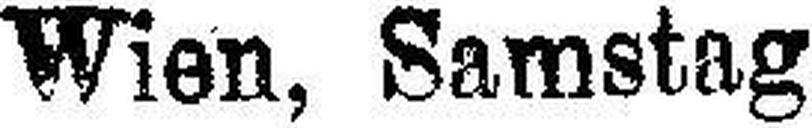
Wien, Samstag